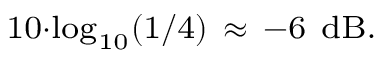
\scriptstyle 1 0 \cdot \log _ { 1 0 } ( 1 / 4 ) \ \approx \ - 6 \ \mathrm { d B } .